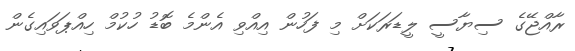
ރާއްޖޭގެ ސިޔާސީ ލީޑަރަކަށް މި ފަހުން އިއްވި އެންމެ ބޮޑު ހުކުމް ހިއްޕަވައިގެން